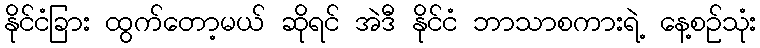
နိုင်ငံခြား ထွက်တော့မယ် ဆိုရင် အဲဒီ နိုင်ငံ ဘာသာစကားရဲ့ နေ့စဉ်သုံး